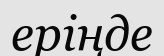
еріңде